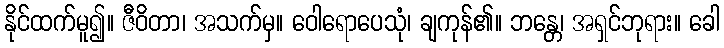
နိုင်ထက်မူ၍။ ဇီဝိတာ၊ အသက်မှ။ ဝေါရောပေသုံ၊ ချကုန်၏။ ဘန္တေ၊ အရှင်ဘုရား။ ခေါ